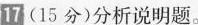
17(15分)分析说明题。